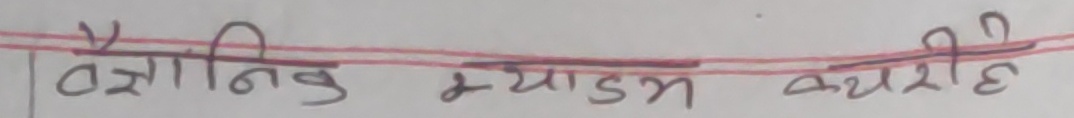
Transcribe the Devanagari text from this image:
वैधानिक माध्यम कथरी है